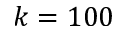
k = 1 0 0